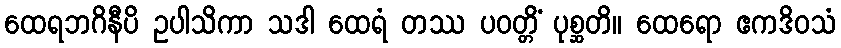
ထေရဘဂိနီပိ ဥပါသိကာ သဒါ ထေရံ တဿ ပဝတ္တိံ ပုစ္ဆတိ။ ထေရော ဧကဒိဝသံ